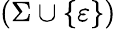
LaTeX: (\Sigma\cup\{ \varepsilon\} )